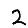
Digit: 2